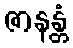
ဇာနန္တံ